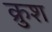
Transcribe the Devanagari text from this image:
क्रुश